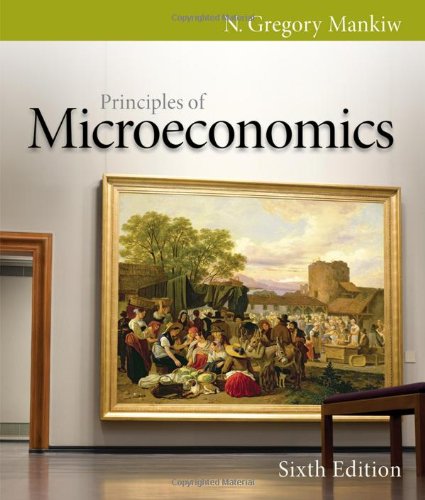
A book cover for Principles of Microeconomics; N. Gregory Mankiw; Business & Money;